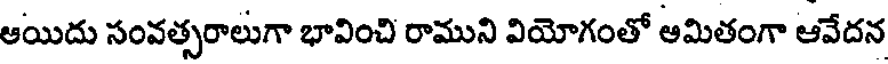
ఆయిదు సంవత్సరాలుగా భావించి రాముని వియోగంతో ఆమితంగా ఆవేదన